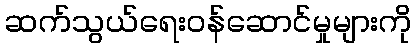
ဆက်သွယ်ရေးဝန်ဆောင်မှုများကို